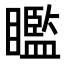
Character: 𥌈